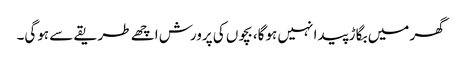
گھر میں بگاڑ پیدا نہیں ہوگا، بچوں کی پرورش اچھے طریقے سے ہوگی۔